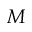
M